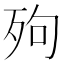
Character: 𣧬